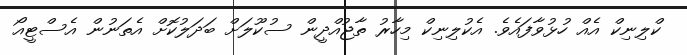
ކްލިނިކް އެއް ހުޅުވާފައެވެ. އެކުލިނިކް މިހާރު ތާޖުއްދީން ސުކޫލަށް ބަދަލުކޮށް އެތަނުން އެސްޓީއޯ